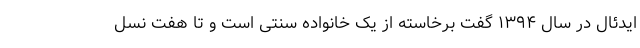
ایدئال در سال ۱۳۹۴ گفت برخاسته از یک خانواده سنتی است و تا هفت نسل